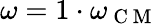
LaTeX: \omega=1\cdot\omega_{\mathrm{~C~M~}}